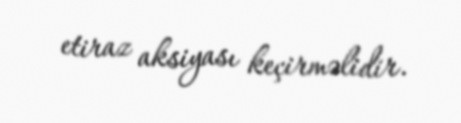
etiraz aksiyası keçirməlidir.